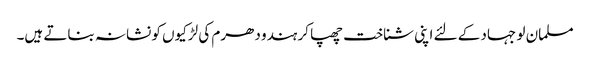
مسلمان لو جہاد کے لئے اپنی شناخت چھپا کر ہندو دھرم کی لڑکیوں کو نشانہ بناتے ہیں۔